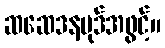
ဆဆေဒနပုဒ်အဖွင့်။